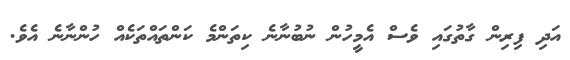
އަދި ފިރިން ގާތުގައި ވެސް އެމީހުން ނުބުނާނެ ކިތަންމެ ކަންތައްތަކެއް ހުންނާނެ އެވެ.